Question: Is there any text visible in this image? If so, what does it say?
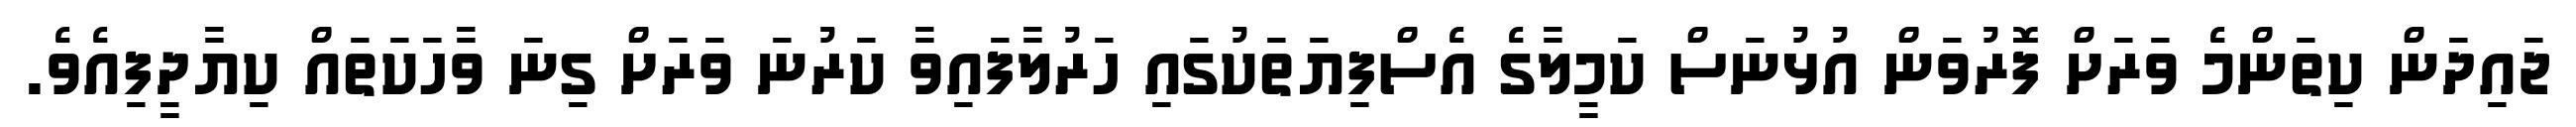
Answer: ޖައިދަން ކިތަންމެ ވަރަށް ފޮރުވަން އުޅުނަސް ކަމީލާގެ އެސްފިޔަތަކުގައި ހަރުލާފައިވާ ކަރުނަ ވަރަށް ގިނަ ވާހަކަތައް ކިޔާދީފިއެވެ.